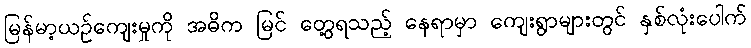
မြန်မာ့ယဉ်ကျေးမှုကို အဓိက မြင် တွေ့ရသည့် နေရာမှာ ကျေးရွာများတွင် နှစ်လုံးပေါက်